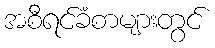
အစီရင်ခံစာများတွင်